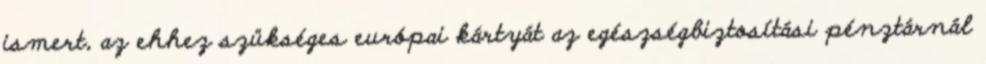
ismert, az ehhez szükséges európai kártyát az egészségbiztosítási pénztárnál